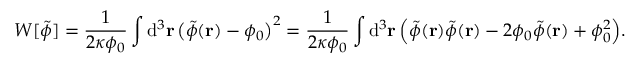
W [ \tilde { \phi } ] = \frac { 1 } { 2 \kappa \phi _ { 0 } } \int \mathrm { d } ^ { 3 } \mathbf { r } \, \big ( \tilde { \phi } ( \mathbf { r } ) - \phi _ { 0 } \big ) ^ { 2 } = \frac { 1 } { 2 \kappa \phi _ { 0 } } \int \mathrm { d } ^ { 3 } \mathbf { r } \, \Big ( \tilde { \phi } ( \mathbf { r } ) \tilde { \phi } ( \mathbf { r } ) - 2 \phi _ { 0 } \tilde { \phi } ( \mathbf { r } ) + \phi _ { 0 } ^ { 2 } \Big ) .